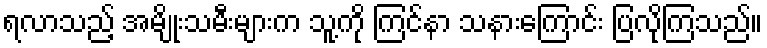
ရလာသည့် အမျိုးသမီးများက သူ့ကို ကြင်နာ သနားကြောင်း ပြလိုကြသည်။